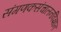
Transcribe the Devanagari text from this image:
संगणकसंचालनविज्ञान